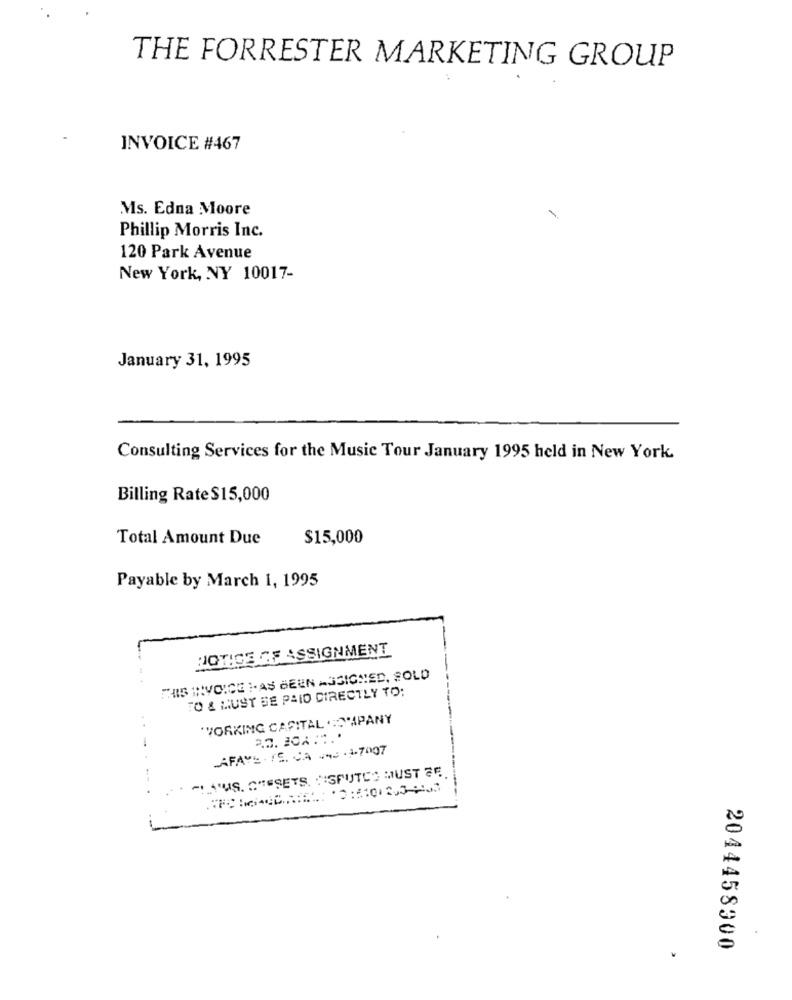
THE FORRESTER MARKETING GROUP
INVOICE #467
Ms. Edna Moore
-
Phillip Morris Inc.
120 Park Avenue
New York, NY 10017-
January 31, 1995
Consulting Services for the Music Tour January 1995 held in New York
Billing Rate $15,000
Total Amount Due
$15,000
Payable by March 1, 1995
HOTICE GE ASSIGNMENT
THIS INVOICE I.AS BEEN ASSIGNED, SOLD
TO & MUST BE PAID DIRECTLY TO:
"WORKING CAPITAL .: DMPANY
LAFAYE . SS. CA INS - 1-7007
"! AUS. C"ESETS, "SPUTCO MUST SE
.
2044458900